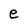
Character: e